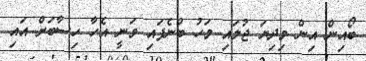
ބޯއިން އިން މިދިޔަ ޖުލައި މަހު ބުނެފައި ވަނީ އެހާ ހިސާބަށް އައި